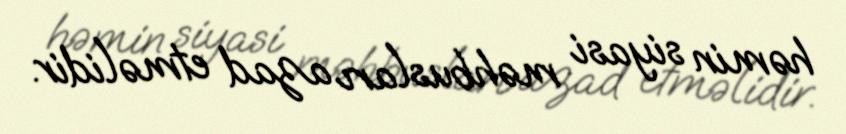
həmin siyasi məhbusları azad etməlidir.